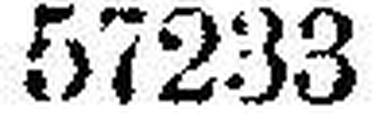
57233